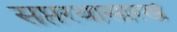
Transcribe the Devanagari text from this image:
सप्तरथासारखे